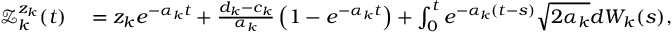
\begin{array} { r l } { \mathcal { Z } _ { k } ^ { z _ { k } } ( t ) } & { { } = z _ { k } e ^ { - \alpha _ { k } t } + \frac { d _ { k } - c _ { k } } { \alpha _ { k } } \left( 1 - e ^ { - \alpha _ { k } t } \right) + \int _ { 0 } ^ { t } e ^ { - \alpha _ { k } ( t - s ) } \sqrt { 2 \alpha _ { k } } d W _ { k } ( s ) , } \end{array}